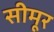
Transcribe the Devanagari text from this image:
सीमूर